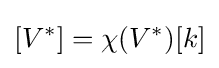
[V^{*}]=\chi (V^{*})[k]